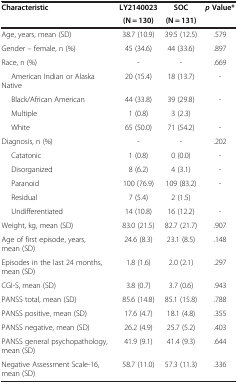
<table><thead><tr><td rowspan="2"><b>Characteristic</b></td><td><b>LY2140023</b></td><td><b>SOC</b></td><td rowspan="2"><b><i>p </i>Value*</b></td></tr><tr><td><b>(N = 130)</b></td><td><b>(N = 131)</b></td></tr></thead><tbody><tr><td>Age, years, mean (SD)</td><td>38.7 (10.9)</td><td>39.5 (12.5)</td><td>.579</td></tr><tr><td>Gender – female, n (%)</td><td>45 (34.6)</td><td>44 (33.6)</td><td>.897</td></tr><tr><td>Race, n (%)</td><td>-</td><td>-</td><td>.669</td></tr><tr><td>American Indian or Alaska Native</td><td>20 (15.4)</td><td>18 (13.7)</td><td>-</td></tr><tr><td>Black/African American</td><td>44 (33.8)</td><td>39 (29.8)</td><td>-</td></tr><tr><td>Multiple</td><td>1 (0.8)</td><td>3 (2.3)</td><td> </td></tr><tr><td>White</td><td>65 (50.0)</td><td>71 (54.2)</td><td>-</td></tr><tr><td>Diagnosis, n (%)</td><td>-</td><td>-</td><td>.202</td></tr><tr><td>Catatonic</td><td>1 (0.8)</td><td>0 (0.0)</td><td>-</td></tr><tr><td>Disorganized</td><td>8 (6.2)</td><td>4 (3.1)</td><td>-</td></tr><tr><td>Paranoid</td><td>100 (76.9)</td><td>109 (83.2)</td><td>-</td></tr><tr><td>Residual</td><td>7 (5.4)</td><td>2 (1.5)</td><td> </td></tr><tr><td>Undifferentiated</td><td>14 (10.8)</td><td>16 (12.2)</td><td>-</td></tr><tr><td>Weight, kg, mean (SD)</td><td>83.0 (21.5)</td><td>82.7 (21.7)</td><td>.907</td></tr><tr><td>Age of first episode, years, mean (SD)</td><td>24.6 (8.3)</td><td>23.1 (8.5)</td><td>.148</td></tr><tr><td>Episodes in the last 24 months, mean (SD)</td><td>1.8 (1.6)</td><td>2.0 (2.1)</td><td>.297</td></tr><tr><td>CGI-S, mean (SD)</td><td>3.8 (0.7)</td><td>3.7 (0.6)</td><td>.943</td></tr><tr><td>PANSS total, mean (SD)</td><td>85.6 (14.8)</td><td>85.1 (15.8)</td><td>.788</td></tr><tr><td>PANSS positive, mean (SD)</td><td>17.6 (4.7)</td><td>18.1 (4.8)</td><td>.355</td></tr><tr><td>PANSS negative, mean (SD)</td><td>26.2 (4.9)</td><td>25.7 (5.2)</td><td>.403</td></tr><tr><td>PANSS general psychopathology, mean (SD)</td><td>41.9 (9.1)</td><td>41.4 (9.3)</td><td>.644</td></tr><tr><td>Negative Assessment Scale-16, mean (SD)</td><td>58.7 (11.0)</td><td>57.3 (11.3)</td><td>.336</td></tr></tbody></table>